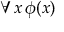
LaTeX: \forall x \, \phi ( x )